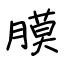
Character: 膜